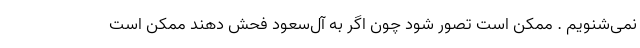
نمی‌شنویم . ممکن است تصور شود چون اگر به آل‌سعود فحش دهند ممکن است